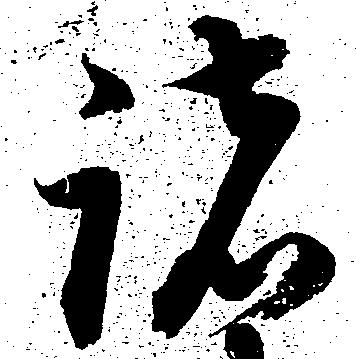
諸